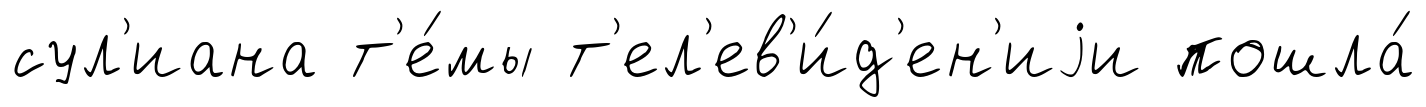
сул'иана т'е́мы т'ел'ев'и́д'ен'иjи пошла́